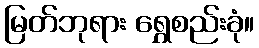
မြတ်ဘုရား ရွှေစည်းခုံ။